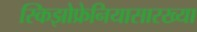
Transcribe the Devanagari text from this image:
स्किझोफ्रेनियासारख्या